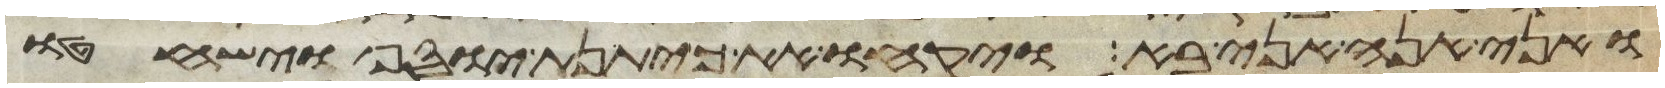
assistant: ואני הנה אני בא ויקחו את כיתנת יוסף וישחטו